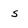
Character: s